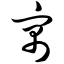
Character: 寓